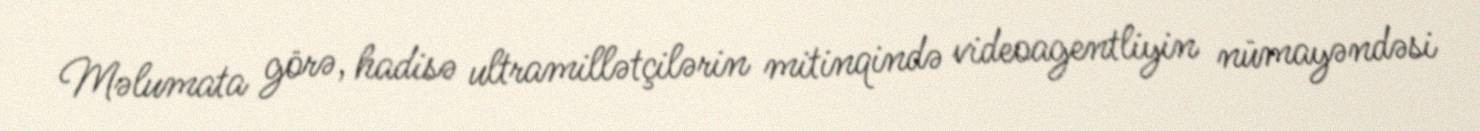
Məlumata görə, hadisə ultramillətçilərin mitinqində videoagentliyin nümayəndəsi